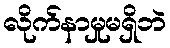
လိုက်နာမှုမရှိဘဲ